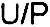
U/P